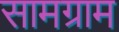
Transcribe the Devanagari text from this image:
सामग्राम